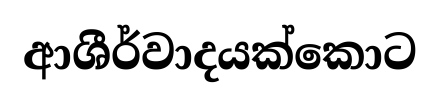
ආශීර්වාදයක්කොට